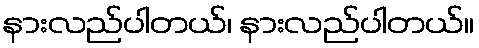
နားလည်ပါတယ်၊ နားလည်ပါတယ်။